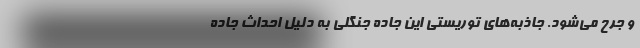
و جرح می‌شود. جاذبه‌های توریستی این جاده جنگلی به دلیل احداث جاده